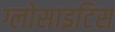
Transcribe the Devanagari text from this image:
ग्लोसाइटिस